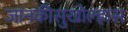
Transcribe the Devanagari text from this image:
जानकीसुखोल्हास